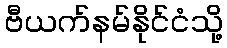
ဗီယက်နမ်နိုင်ငံသို့